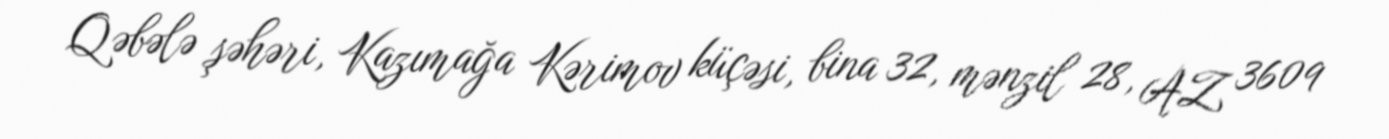
Qəbələ şəhəri, Kazımağa Kərimov küçəsi, bina 32, mənzil 28, AZ 3609